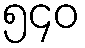
၅၄၀